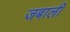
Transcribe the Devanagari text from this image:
जबाली